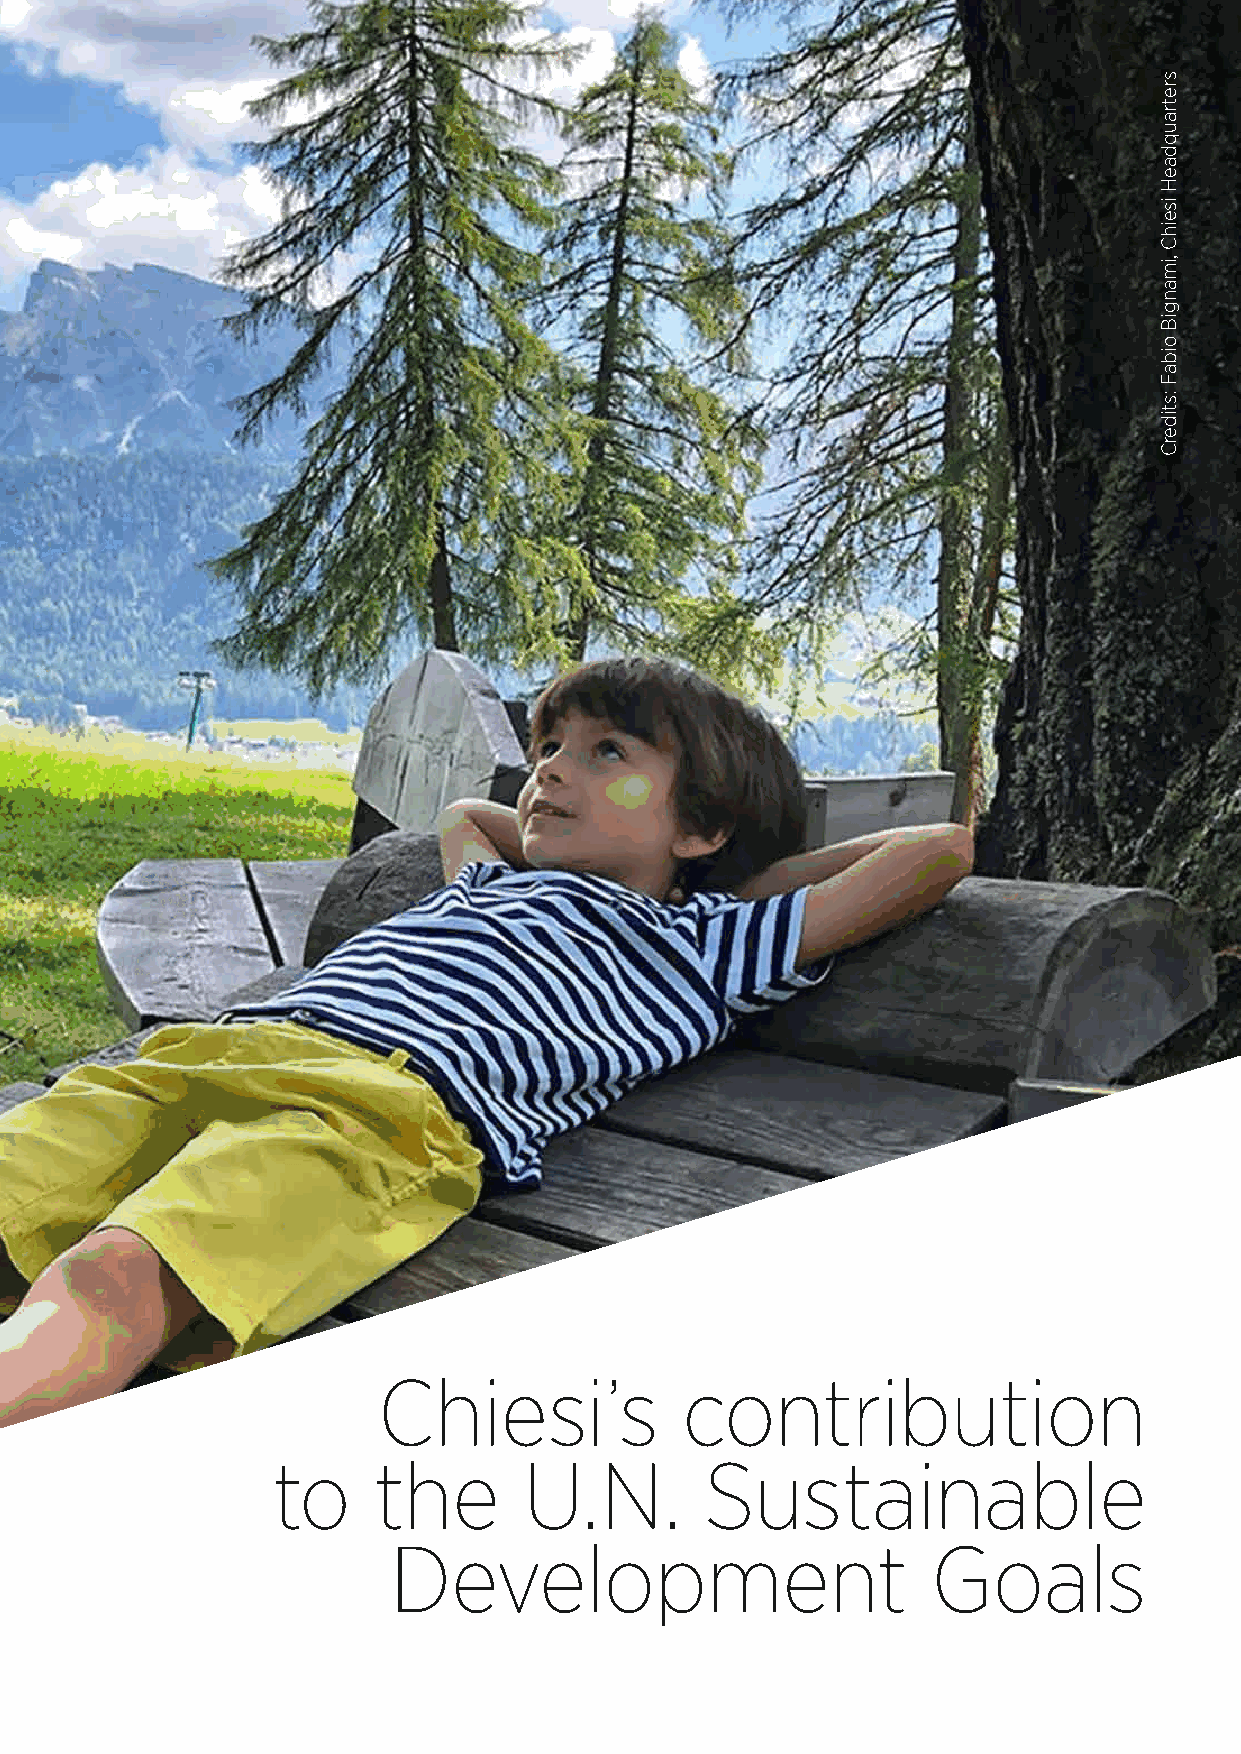
Chiesi’s            contribution
 to     the       U.N.        Sustainable
 Development                         Goals
 sretrauqdaeH
 iseihC
 ,imangiB
 oibaF
 :stiderC